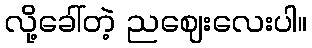
လို့ခေါ်တဲ့ ညဈေးလေးပါ။